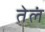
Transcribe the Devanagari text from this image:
तेलं